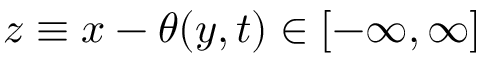
z \equiv x - \theta ( y , t ) \in [ - \infty , \infty ]